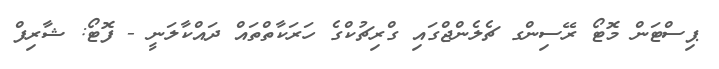
ޕިސްޓަން މޮޓޯ ރޭސިންގ ޗެލެންްޖްގައި ގްރިޗުކްގެ ހަރަކާތްތައް ދައްކާލަނީ - ފޮޓޯ: ޝާރިފް